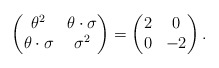
\begin{align*}\begin{pmatrix}\theta^2 & \theta\cdot\sigma \\\theta\cdot\sigma & \sigma^2\end{pmatrix}=\begin{pmatrix}2 & 0 \\0 & -2\end{pmatrix}.\end{align*}